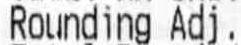
ROUNDING ADJ.